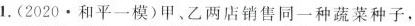
1.(2020\cdot 和平一模)甲、乙两店销售同一种蔬菜种子，